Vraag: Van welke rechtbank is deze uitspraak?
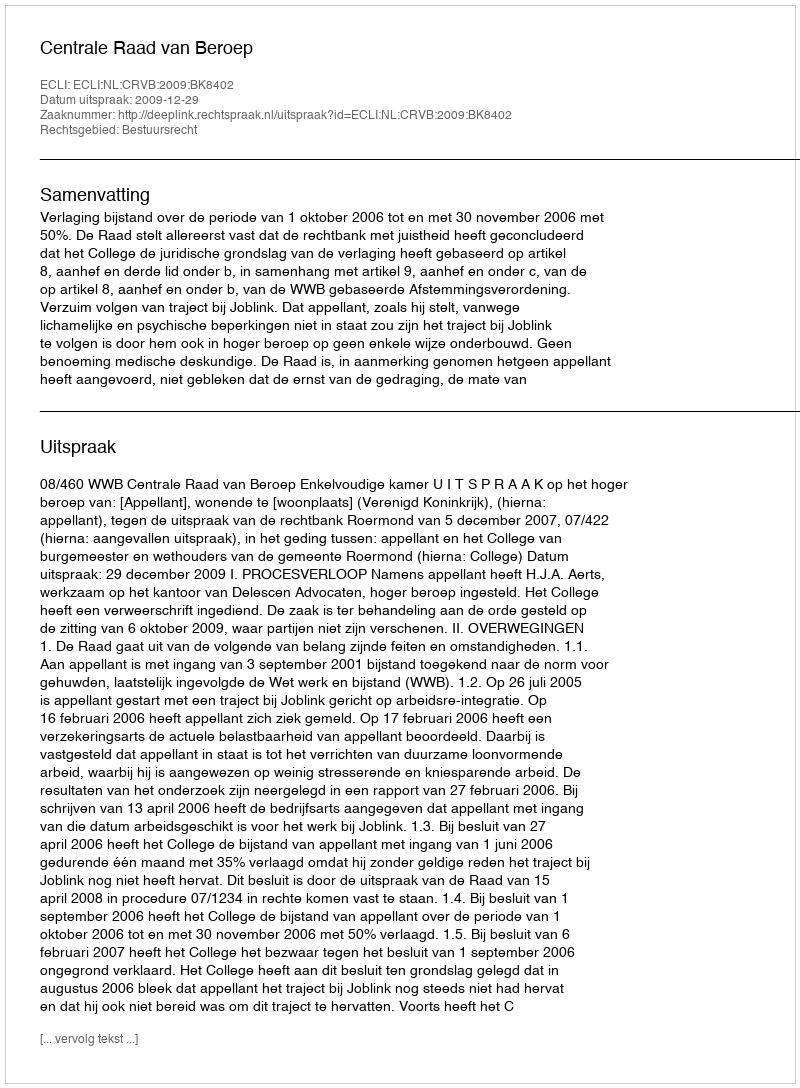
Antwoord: Centrale Raad van Beroep